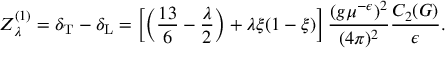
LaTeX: Z _ { \lambda } ^ { ( 1 ) } = \delta _ { \mathrm { T } } - \delta _ { \mathrm { L } } = \left[ \left( \frac { 1 3 } 6 - \frac \lambda 2 \right) + \lambda \xi ( 1 - \xi ) \right] \frac { ( g \mu ^ { - \epsilon } ) ^ { 2 } } { ( 4 \pi ) ^ { 2 } } \frac { C _ { 2 } ( G ) } { \epsilon } .